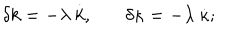
\delta k = - \lambda ~ \dot { k } , ~ \delta \kappa = - \lambda ~ \dot { \kappa } ;